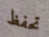
تحفظ